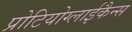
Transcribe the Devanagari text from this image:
प्रोटियोग्लाईकैन्स